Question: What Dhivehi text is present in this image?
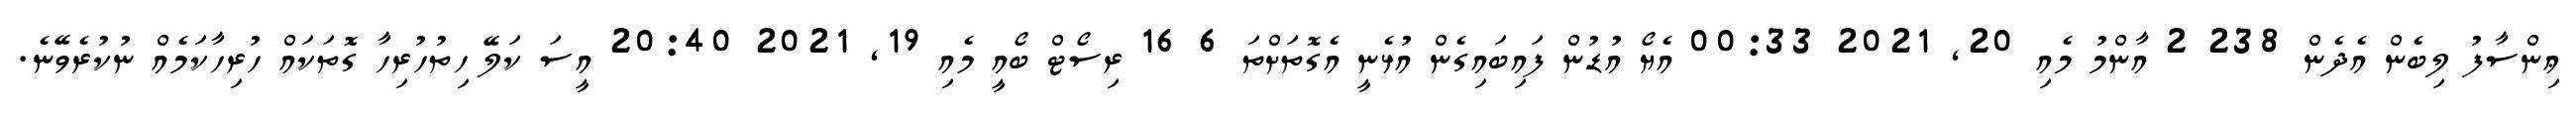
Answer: ޢިންސާފު ލިބެން އެދެން 238 2 އާންމު މެއި 20, 2021 00:33 އެޔޯ އުޑުން ފައިބައިގެން އުޅެނީ އެގޮތަށްތަ 6 16 ރިސޯޓް ބޯއީ މެއި 19, 2021 20:40 އީސަ ކަލޭ ހިތުހުރިހާ ގޮތަކައް ހުރިހާކަމެއް ނުކުރެވޭނެ.